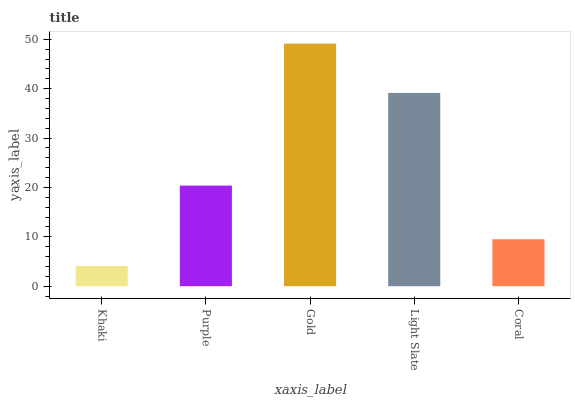
| xaxis_label | bars |
 | --- | --- |
 | Khaki | 4.1 |
 | Purple | 20.4 |
 | Gold | 49.1 |
 | Light Slate | 39.1 |
 | Coral | 9.51 |